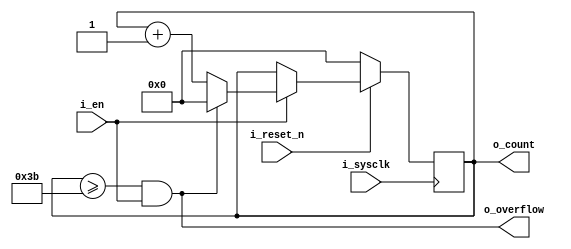
/*
 * overflow_counter.v
 * basic WIDTH-bit upcounter use en signal to enable the counting
 */

`timescale 1ns / 1ns
`default_nettype none

module overflow_counter (
    i_sysclk,       // fast system clock (~50MHz)
    i_reset_n,      // syncronous reset (active low)
    i_en,           // enable counting 
    o_count,        // output count
    o_overflow      // output overflow (generates a sysclk length pulse)
);
parameter WIDTH = 8;
parameter OVERFLOW = 60;

input  wire i_sysclk;
input  wire i_reset_n;
input  wire i_en;
output wire [WIDTH-1:0] o_count;
output wire o_overflow;

reg [WIDTH-1:0] counter = 0;
assign o_count = counter;
assign o_overflow = (o_count >= OVERFLOW[WIDTH-1:0]-1) & i_en;

always @(posedge i_sysclk)
begin
	if (!i_reset_n)
        begin
		counter <= 0;
	end
	else if (i_en)
        begin
		if (o_overflow) begin
			counter <= 0;
		end
		else begin
			counter <= counter + 1;
		end
	end
end

endmodule